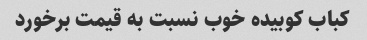
کباب کوبیده خوب نسبت به قیمت برخورد